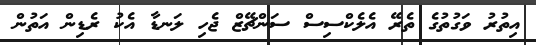
އިތުރު ވަގުުތުގެ ތެރޭ އެލެކްސިސް ސަންޗޭޒް ޖެހި ލަނޑާ އެކު ރެޑިން އަތުން